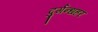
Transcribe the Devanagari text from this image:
दुर्गन्धहर